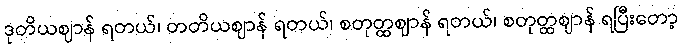
ဒုတိယဈာန် ရတယ်၊ တတိယဈာန် ရတယ်၊ စတုတ္ထဈာန် ရတယ်၊ စတုတ္ထဈာန် ရပြီးတော့